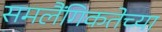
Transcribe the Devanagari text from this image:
समलैंगिकतेच्या